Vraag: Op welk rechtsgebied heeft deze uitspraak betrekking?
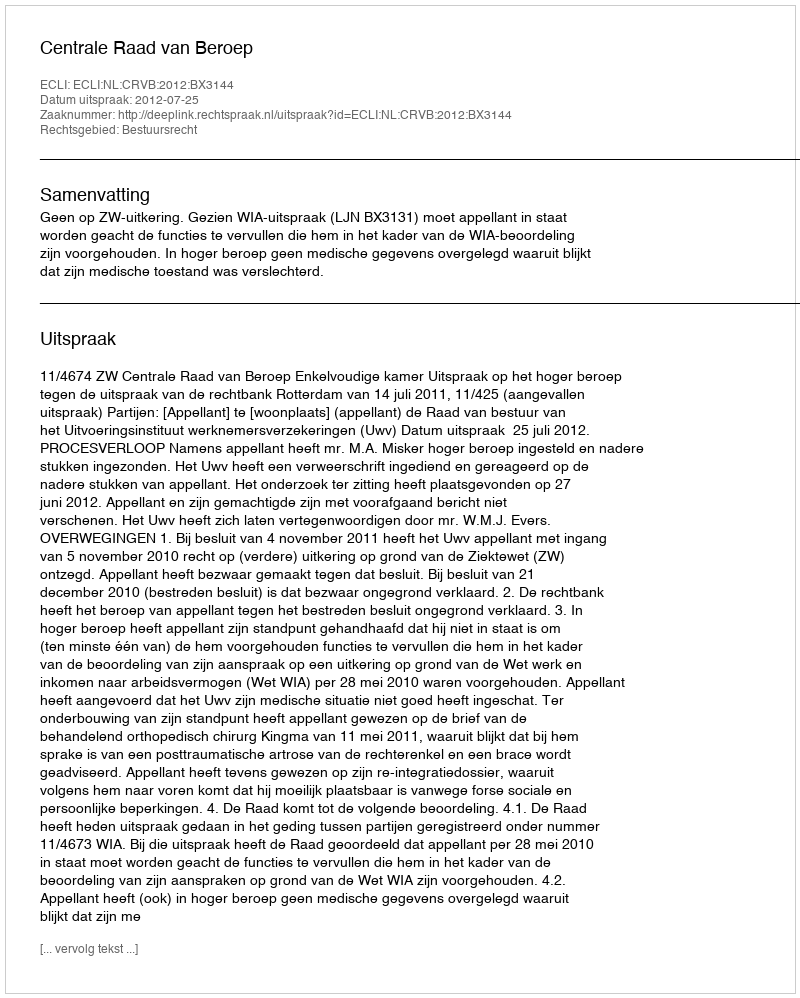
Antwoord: Bestuursrecht